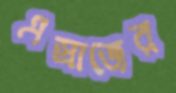
এস্রাজের